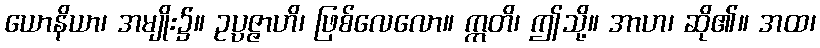
ယောနိယာ၊ အမျိုး၌။ ဥပ္ပဇ္ဇာဟိ၊ ဖြစ်လေလော။ ဣတိ၊ ဤသို့။ အာဟ၊ ဆို၏။ အထ၊